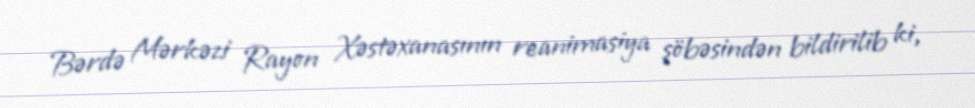
Bərdə Mərkəzi Rayon Xəstəxanasının reanimasiya şöbəsindən bildirilib ki,